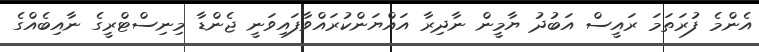
އެންމެ ފުރަތަމަ ރައީސް އަބުދު ޔާމީން ނާދިރާ އައްޔަންކުރައްވާފައިވަނީ ޖެންޑާ މިނިސްޓްރީގެ ނާއިބެއްގެ